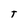
Character: T